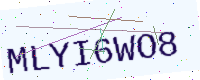
Text: MLYI6WO8